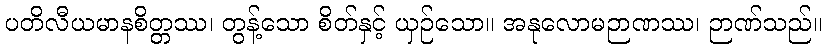
ပတိလီယမာနစိတ္တဿ၊ တွန့်သော စိတ်နှင့် ယှဉ်သော။ အနုလောမဉာဏဿ၊ ဉာဏ်သည်။